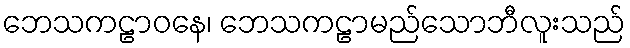
ဘေသကဠာဝနေ၊ ဘေသကဠာမည်သောဘီလူးသည်